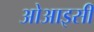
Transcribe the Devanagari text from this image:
ओआइसी